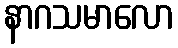
နာဂသမာလော